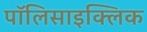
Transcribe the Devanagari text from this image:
पॉलिसाइक्लिक